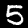
Label: 5